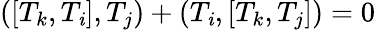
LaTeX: ([T_{k},T_{\mathit{i}}],T_{j})+(T_{\mathit{i}},[T_{k},T_{j}])=0